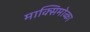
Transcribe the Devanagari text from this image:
माक्सिमोव्का